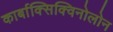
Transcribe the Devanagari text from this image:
कार्बाक्सिक्विनोलोन